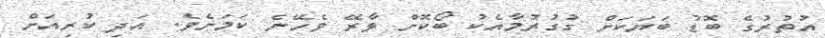
އުތުރުގެ ބޮޑު ބަޔަކަށް ގުގުރުމާއެކު ބޯކޮށް ވާރޭ ވެހޭނެ ކަމަށެވެ. އަދި ކުރިއަށް